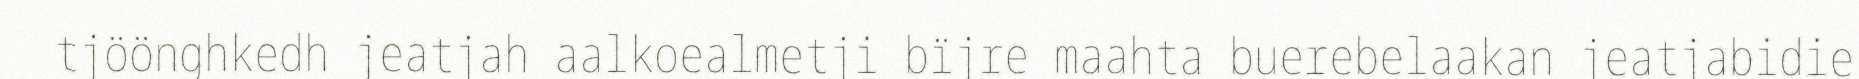
tjöönghkedh jeatjah aalkoealmetji bïjre maahta buerebelaakan jeatjabidie